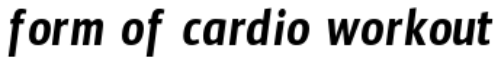
form of cardio workout